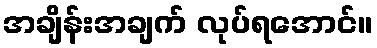
အချိန်းအချက် လုပ်ရအောင်။